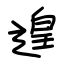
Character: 遑